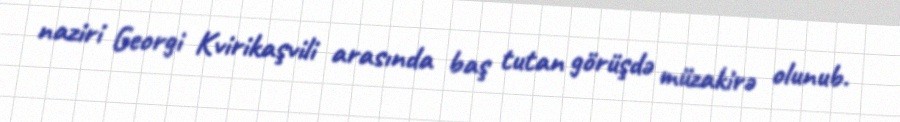
naziri Georgi Kvirikaşvili arasında baş tutan görüşdə müzakirə olunub.